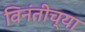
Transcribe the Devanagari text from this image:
विनंतीच्या